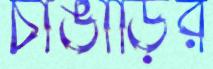
চাঙাড়ির